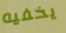
يخفيه